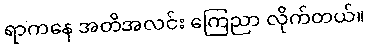
ရာကနေ အတိအလင်း ကြေညာ လိုက်တယ်။